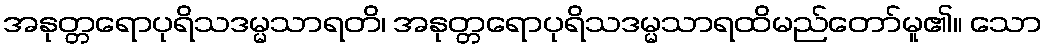
အနုတ္တရောပုရိသဒမ္မသာရတိ၊ အနုတ္တရောပုရိသဒမ္မသာရထိမည်တော်မူ၏။ သော